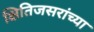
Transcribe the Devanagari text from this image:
क्षितिजसरांच्या